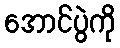
အောင်ပွဲကို